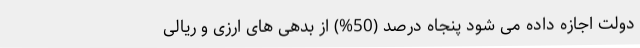
دولت اجازه داده می شود پنجاه درصد (50%) از بدهی های ارزی و ریالی